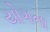
યોગના